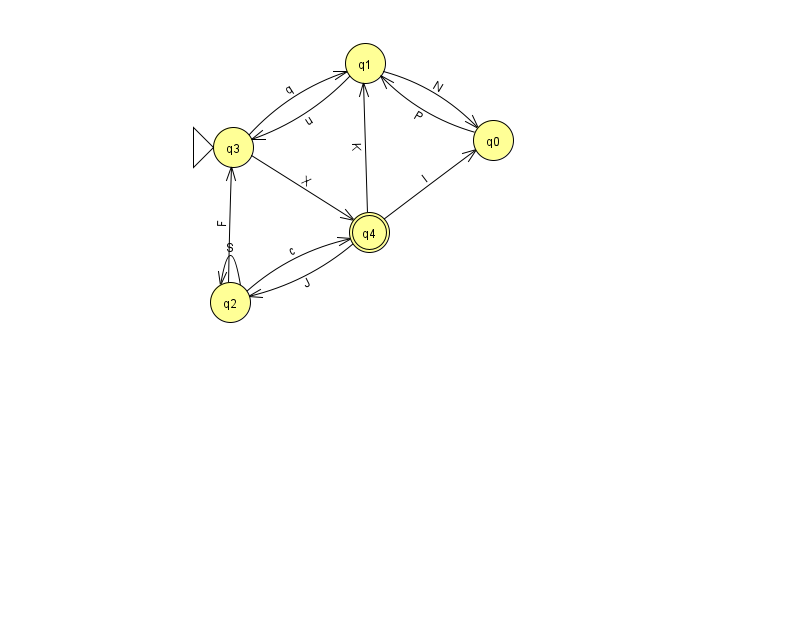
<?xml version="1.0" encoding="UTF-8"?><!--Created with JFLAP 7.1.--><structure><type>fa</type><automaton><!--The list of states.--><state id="0" name="q0"><x>493.0</x><y>127.0</y></state><state id="1" name="q1"><x>365.0</x><y>50.0</y></state><state id="2" name="q2"><x>230.0</x><y>289.0</y></state><state id="3" name="q3"><x>233.0</x><y>134.0</y><initial/></state><state id="4" name="q4"><x>369.0</x><y>219.0</y><final/></state><!--The list of transitions.--><transition><from>4</from><to>0</to><read>l</read></transition><transition><from>0</from><to>1</to><read>P</read></transition><transition><from>2</from><to>2</to><read>S</read></transition><transition><from>4</from><to>2</to><read>J</read></transition><transition><from>4</from><to>1</to><read>K</read></transition><transition><from>2</from><to>3</to><read>F</read></transition><transition><from>3</from><to>1</to><read>q</read></transition><transition><from>2</from><to>4</to><read>c</read></transition><transition><from>1</from><to>3</to><read>u</read></transition><transition><from>1</from><to>0</to><read>N</read></transition><transition><from>3</from><to>4</to><read>X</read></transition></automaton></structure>